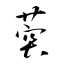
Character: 葖